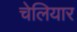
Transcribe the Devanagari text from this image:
चेलियार